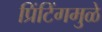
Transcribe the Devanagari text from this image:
प्रिंटिंगमुळे